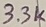
Text: 3.3K